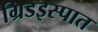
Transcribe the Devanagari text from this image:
ग्रिडइस्पात